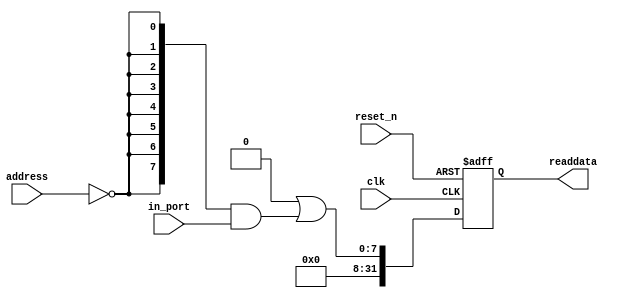
// This program was cloned from: https://github.com/myriadrf/LimeSDR-Mini_GW
// License: Apache License 2.0

//Legal Notice: (C)2022 Altera Corporation. All rights reserved.  Your
//use of Altera Corporation's design tools, logic functions and other
//software and tools, and its AMPP partner logic functions, and any
//output files any of the foregoing (including device programming or
//simulation files), and any associated documentation or information are
//expressly subject to the terms and conditions of the Altera Program
//License Subscription Agreement or other applicable license agreement,
//including, without limitation, that your use is for the sole purpose
//of programming logic devices manufactured by Altera and sold by Altera
//or its authorized distributors.  Please refer to the applicable
//agreement for further details.

// synthesis translate_off
`timescale 1ns / 1ps
// synthesis translate_on

// turn off superfluous verilog processor warnings 
// altera message_level Level1 
// altera message_off 10034 10035 10036 10037 10230 10240 10030 

module lms_ctr_switch (
                        // inputs:
                         address,
                         clk,
                         in_port,
                         reset_n,

                        // outputs:
                         readdata
                      )
;

  output  [ 31: 0] readdata;
  input   [  1: 0] address;
  input            clk;
  input   [  7: 0] in_port;
  input            reset_n;

  wire             clk_en;
  wire    [  7: 0] data_in;
  wire    [  7: 0] read_mux_out;
  reg     [ 31: 0] readdata;
  assign clk_en = 1;
  //s1, which is an e_avalon_slave
  assign read_mux_out = {8 {(address == 0)}} & data_in;
  always @(posedge clk or negedge reset_n)
    begin
      if (reset_n == 0)
          readdata <= 0;
      else if (clk_en)
          readdata <= {32'b0 | read_mux_out};
    end


  assign data_in = in_port;

endmodule